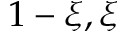
1 - \xi , \xi